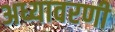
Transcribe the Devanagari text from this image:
अध्यावरणी